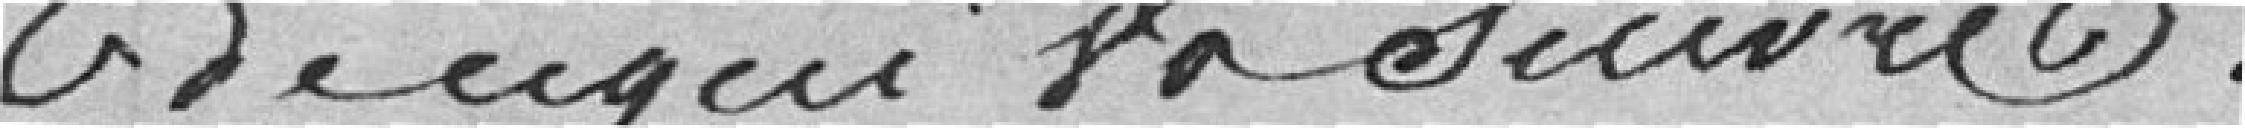
de ce qui va suivre.